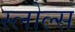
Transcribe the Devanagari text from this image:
स्लोल्स